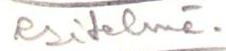
esitelmä.